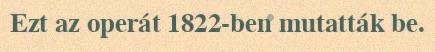
Ezt az operát 1822-ben mutatták be.